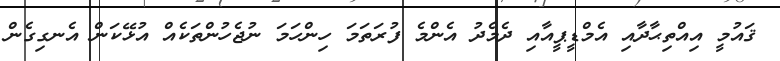
ޤައުމީ އިއްތިޙާދާއި އެމްޑީޕީއާއި ދެމެދު އެންމެ ފުރަތަމަ ހިންހަމަ ނުޖެހުންތަކެއް އުޅޭކަން އެނގިގެން